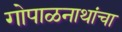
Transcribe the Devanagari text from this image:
गोपाळनाथांचा